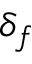
\delta _ { f }